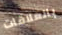
بالعلاقات